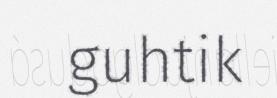
guhtik